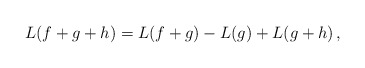
\begin{align*}L(f+g+h)=L(f+g)-L(g)+L(g+h)\,,\end{align*}